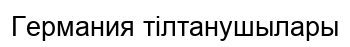
Германия тілтанушылары